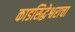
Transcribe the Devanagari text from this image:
काडसिद्धेश्वराचा